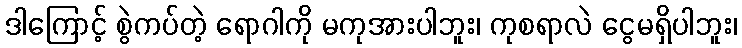
ဒါကြောင့် စွဲကပ်တဲ့ ရောဂါကို မကုအားပါဘူး၊ ကုစရာလဲ ငွေမရှိပါဘူး၊